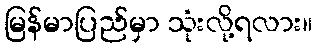
မြန်မာပြည်မှာ သုံးလို့ရလား။